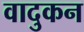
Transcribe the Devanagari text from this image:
वादुकन